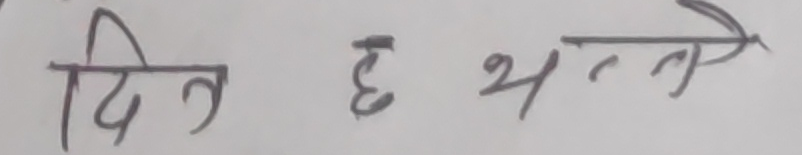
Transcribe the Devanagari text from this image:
दिन छ भन्ते